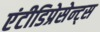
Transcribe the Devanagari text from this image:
एंटीडिप्रेसेन्ट्स